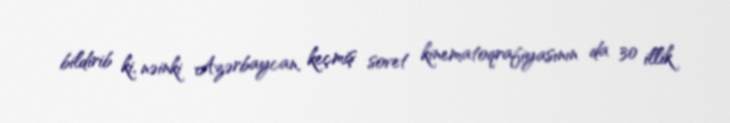
bildirib ki, nəinki Azərbaycan, keçmiş sovet kinematoqrafiyasının da 30 illik